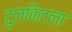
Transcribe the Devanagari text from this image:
टुलकिटला